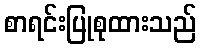
စာရင်းပြုစုထားသည်